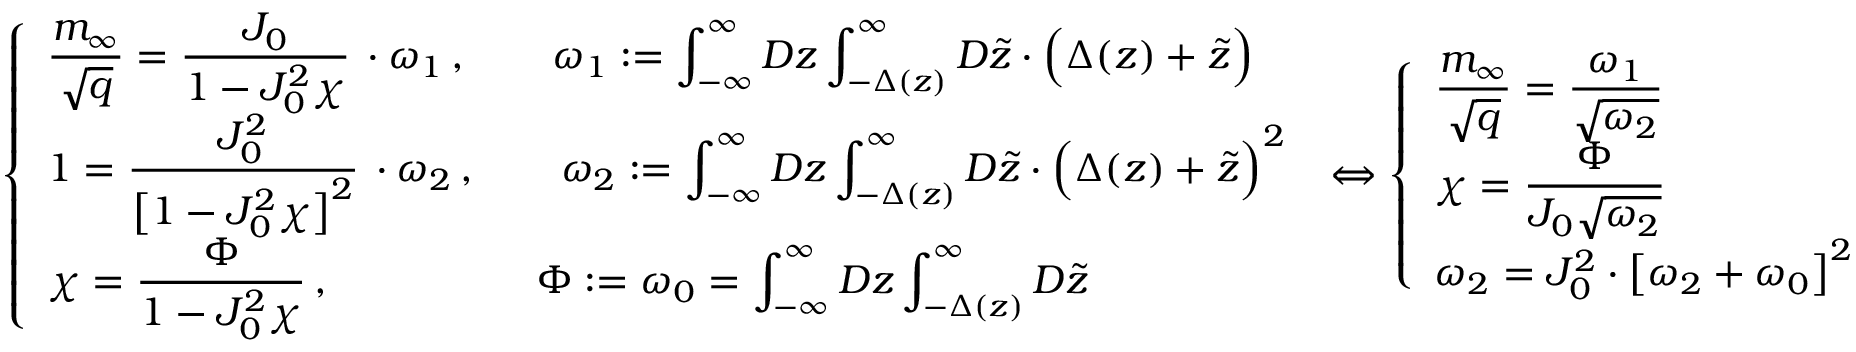
\left\{ \begin{array} { l } { \displaystyle \frac { m _ { \infty } } { \sqrt { q } } = \frac { J _ { 0 } } { \displaystyle 1 - J _ { 0 } ^ { 2 } \chi } \, \cdot \omega _ { 1 } \, , \qquad \omega _ { 1 } : = \int _ { - \infty } ^ { \infty } D z \int _ { - \Delta ( z ) } ^ { \infty } D \tilde { z } \cdot \Big ( \Delta ( z ) + \tilde { z } \Big ) } \\ { 1 = \displaystyle \frac { J _ { 0 } ^ { 2 } } { \displaystyle \big [ 1 - J _ { 0 } ^ { 2 } \chi \big ] ^ { 2 } } \, \cdot \omega _ { 2 } \, , \qquad \omega _ { 2 } : = \int _ { - \infty } ^ { \infty } D z \int _ { - \Delta ( z ) } ^ { \infty } D \tilde { z } \cdot \Big ( \Delta ( z ) + \tilde { z } \Big ) ^ { 2 } } \\ { \displaystyle \chi = \frac { \Phi } { \displaystyle 1 - J _ { 0 } ^ { 2 } \chi } \, , \qquad \qquad \quad \Phi : = \omega _ { 0 } = \int _ { - \infty } ^ { \infty } D z \int _ { - \Delta ( z ) } ^ { \infty } D \tilde { z } } \end{array} \right. \, \Leftrightarrow \left\{ \begin{array} { l } { \displaystyle \frac { m _ { \infty } } { \sqrt { q } } = \frac { \omega _ { 1 } } { \sqrt { \omega _ { 2 } } } } \\ { \displaystyle \chi = \frac { \Phi } { J _ { 0 } \sqrt { \omega _ { 2 } } } } \\ { \displaystyle \omega _ { 2 } = J _ { 0 } ^ { 2 } \cdot \big [ \omega _ { 2 } + \omega _ { 0 } \big ] ^ { 2 } } \end{array} \right. \,